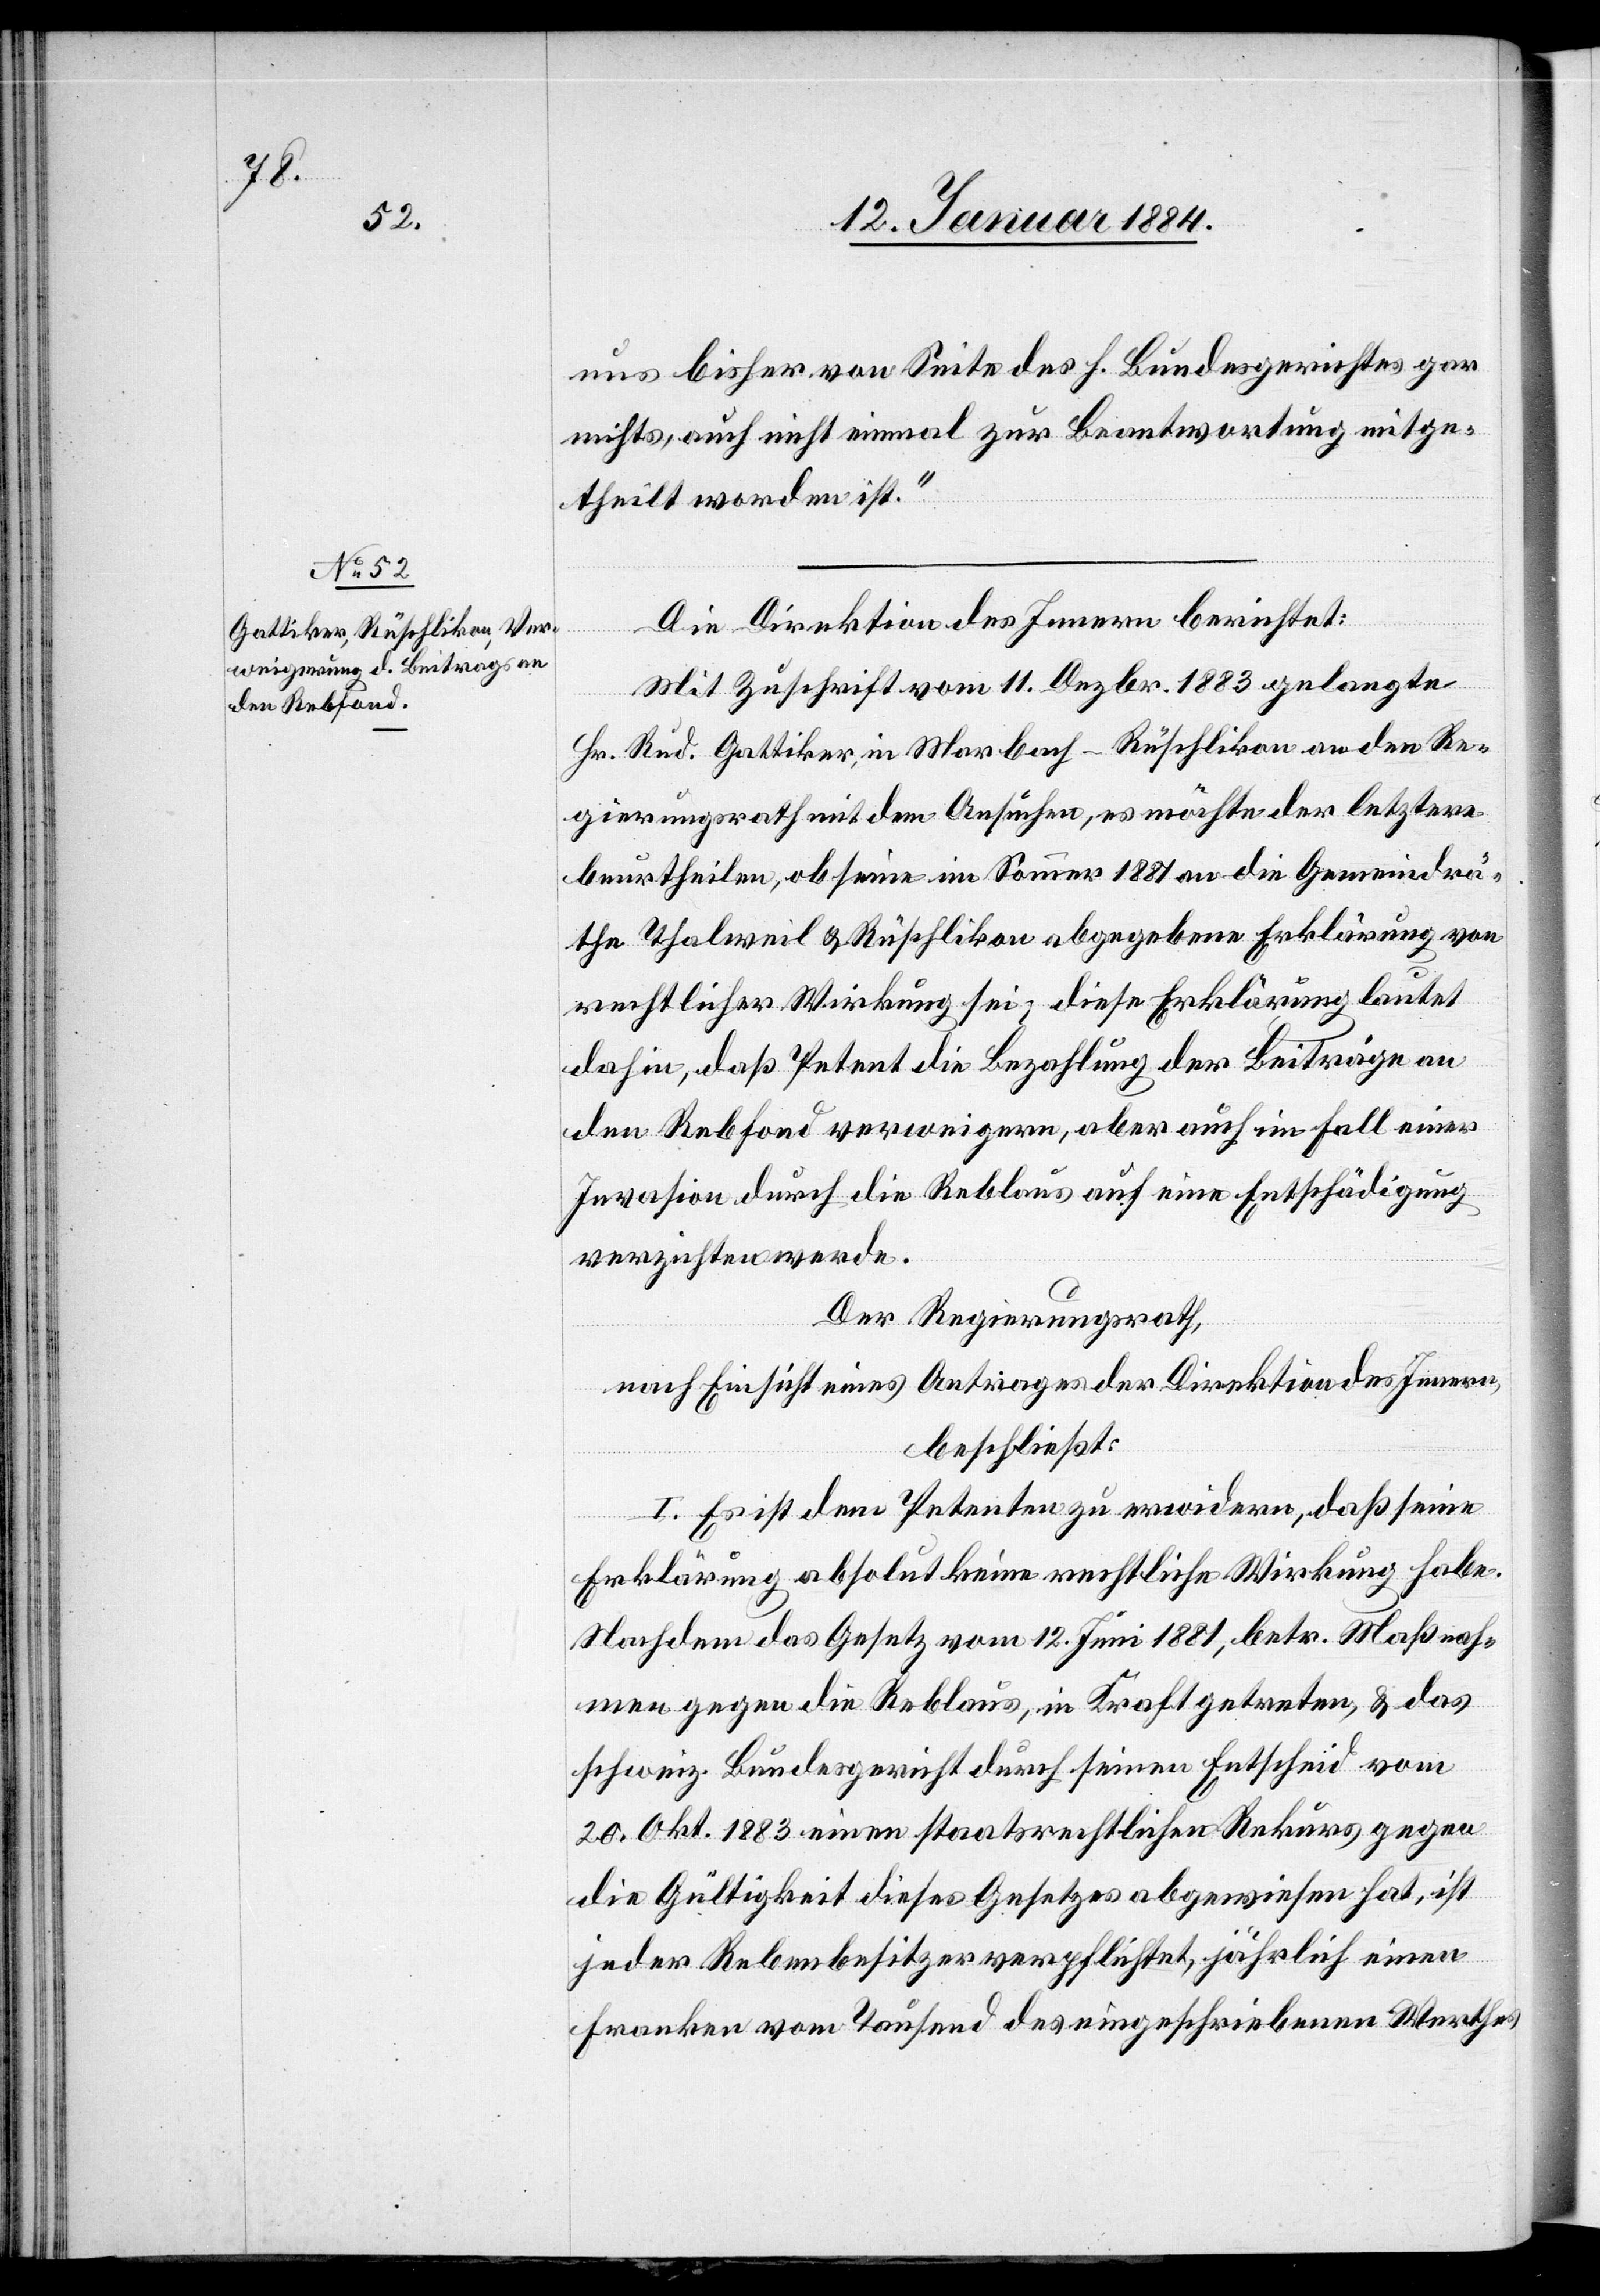
uns bisher von Seite des h. Bundesgerichtes gar
nichts, auch nicht einmal zur Beantwortung mitge¬
theilt worden ist.“
Die Direktion des Innern berichtet:
Mit Zuschrift vom 11. Dezbr. 1883 gelangte
Hr. Rud. Gattiker, in Marbach - Rüschlikon an den Re¬
gierungsrath mit dem Ansuchen, es möchte der letztere
beurtheilen, ob seine im Sommer 1881 an die Gemeindrä¬
the Thalweil & Rüschlikon abgegebene Erklärung von
rechtlicher Wirkung sei; diese Erklärung lautet
dahin, daß Petent die Bezahlung der Beiträge an
den Rebfond verweigere, aber auch im Fall einer
Invasion durch die Reblaus auf eine Entschädigung
verzichten werde.
Der Regierungsrath,
nach Einsicht eines Antrages der Direktion des Innern,
beschließt:
I. Es ist dem Petenten zu erwidern, daß seine
Erklärung, absolut keine rechtliche Wirkung habe.
Nachdem das Gesetz vom 12. Juni 1881, betr. Maßnah¬
men gegen die Reblaus, in Kraft getreten, & das
schweiz. Bundesgericht durch seinen Entscheid vom
20. Okt. 1883 einen staatsrechtlichen Rekurs gegen
die Gültigkeit dieses Gesetzes abgewiesen hat, ist
jeder Rebenbesitzer verpflichtet, jährlich einen
Franken vom Tausend des eingeschriebenen Werthes